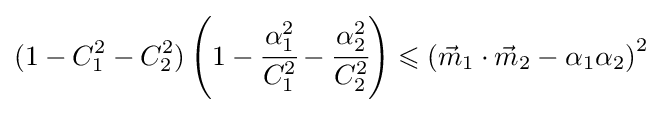
(1-C_{1}^{2}-C_{2}^{2})\left(1-{\cfrac {\alpha _{1}^{2}}{C_{1}^{2}}}-{\cfrac {\alpha _{2}^{2}}{C_{2}^{2}}}\right)\leqslant \left({\vec {m}}_{1}\cdot {\vec {m}}_{2}-\alpha _{1}\alpha _{2}\right)^{2}